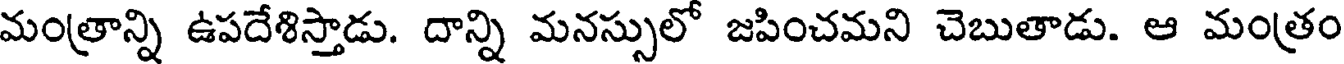
మంత్రాన్ని ఉపదేశిస్తాడు. దాన్ని మనస్సులో జపించమని చెబుతాడు. ఆ మంత్రం